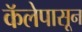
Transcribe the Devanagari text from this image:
कॅलेपासून